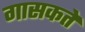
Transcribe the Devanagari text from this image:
गासकते